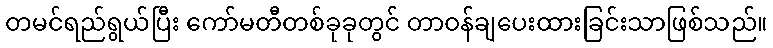
တမင်ရည်ရွယ်ပြီး ကော်မတီတစ်ခုခုတွင် တာဝန်ချပေးထားခြင်းသာဖြစ်သည်။